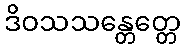
ဒိဝသသန္တေတ္တေ